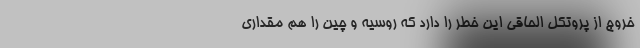
خروج از پروتکل الحاقی این خطر را دارد که روسیه و چین را هم مقداری